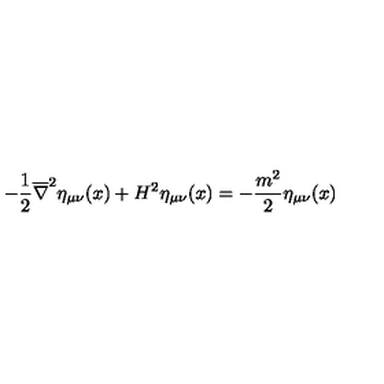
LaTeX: - \frac { 1 } { 2 } \overline { { \nabla } } ^ { 2 } \eta _ { \mu \nu } ( x ) + H ^ { 2 } \eta _ { \mu \nu } ( x ) = - \frac { m ^ { 2 } } { 2 } \eta _ { \mu \nu } ( x )